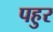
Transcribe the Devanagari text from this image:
पहुर